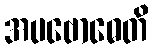
အပဗောဓေတိ